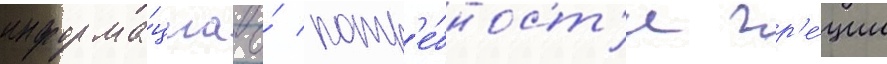
информа́циа о́ потр'е́бност'и гр'е́ции